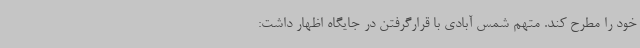
خود را مطرح کند. متهم شمس آبادی با قرارگرفتن در جایگاه اظهار داشت: